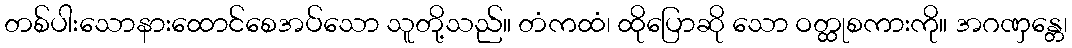
တစ်ပါးသောနားထောင်စေအပ်သော သူတို့သည်။ တံကထံ၊ ထိုပြောဆို သော ဝတ္ထုစကားကို။ အဂဏှန္တေ၊